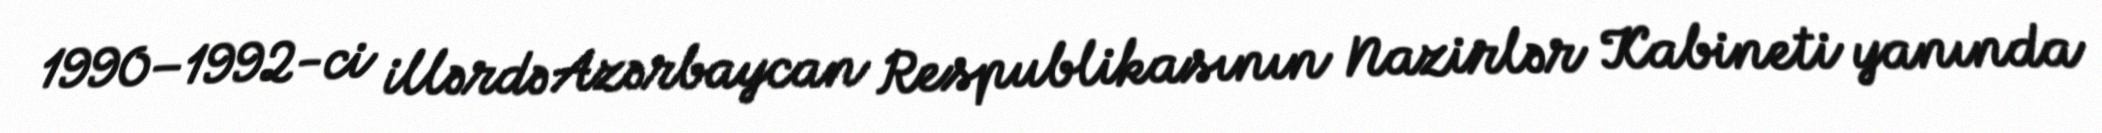
1990–1992-ci illərdə Azərbaycan Respublikasının Nazirlər Kabineti yanında